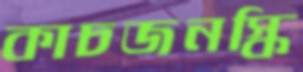
কাচজনস্কি